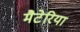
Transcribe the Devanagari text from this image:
मैटेरिया